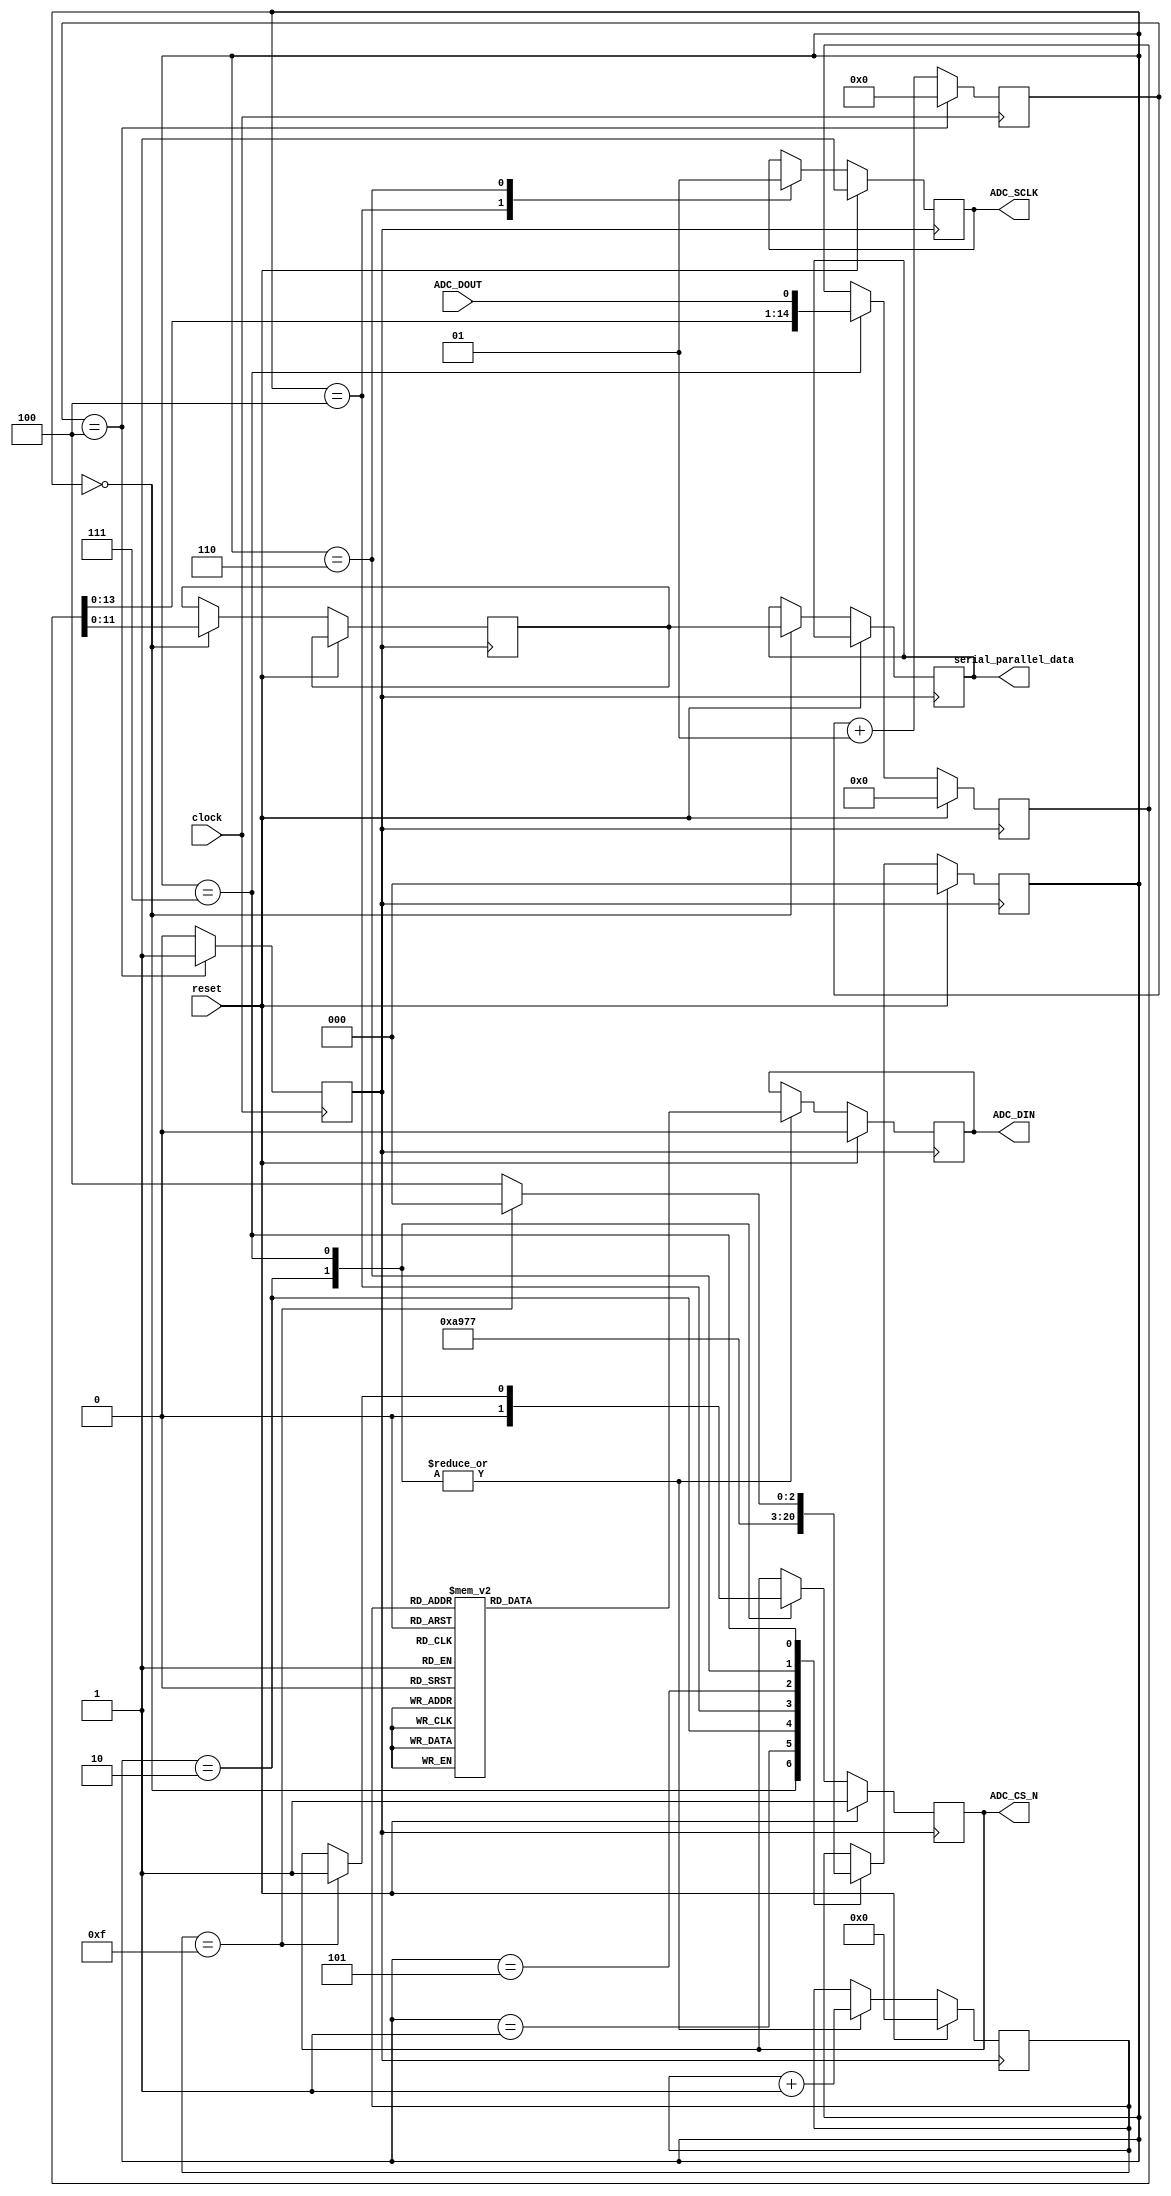
module ADC	#(parameter CODING = 1'b1, parameter RANGE = 1'b0) 
	
	(clock, reset, ADC_CS_N, ADC_DIN, ADC_SCLK, ADC_DOUT,serial_parallel_data); 
	
	//reset should be zero // desired 
	//ADC_CS_N = PIN_AJ4
	//ADC_DIN = PIN_AK4
	//ADC_SCLK = PIN_AK2
	//ADC_DOUT = PIN_AK3
		
	input clock, reset;
	
	reg [11:0] data;        //output reg       // ADC data out, 8 channels, 12 bits per channel
	// connect to top level pins
	output reg ADC_CS_N;         // ADC chip selection
	output reg ADC_DIN;          // ADC serial data in (to ADC)
	output reg ADC_SCLK;         // ADC serial clock
	input ADC_DOUT;              // ADC serial data out (from ADC)
	integer temp;
	
	output reg [11:0] serial_parallel_data;
	
	// states 
	parameter QUIET0 = 3'b000, QUIET1 = 3'b001, QUIET2 = 3'b010;
	parameter CYCLE0 = 3'b100, CYCLE1 = 3'b101, CYCLE2 = 3'b110, CYCLE3 = 3'b111;
	
	reg [2:0] state;   // present state
	reg [2:0] addr;    // present channel address
	reg [3:0] count;   // present count
	reg [14:0] buffer; // present buffer contents
	
	integer counter_clk;
	reg clk;
	
	initial begin
		ADC_CS_N <= 1'b1;
		ADC_DIN <= 1'b0;
		ADC_SCLK <= 1'b1;
		state <= QUIET0;
		addr <= 3'b0;
		count <= 4'b0;
		buffer <= 15'b0;
		data <= 12'b0;
		temp <= 'd0;
	end
	
	wire [3:0] count_incr; // count + 1    
	reg ctrl;              // present control bit
	
	assign count_incr = count + 1'b1;
	
	always @(*)
		case (count)
			4'b0000: // WRITE
				ctrl = 1'b1;
			4'b0001: // SEQ
				ctrl = 1'b0;
			4'b0010: // DON'T CARE
				ctrl = 1'bx;
			4'b0011: // ADD2
				ctrl = 0; //addr[2];
			4'b0100: // ADD1
				ctrl = 0; //addr[1];
			4'b0101: // ADD0
				ctrl = 0; //addr[0];
			4'b0110: // PM1
				ctrl = 1'b1;
			4'b0111: // PM0
				ctrl = 1'b1;
			4'b1000: // SHADOW
				ctrl = 1'b0;
			4'b1001: // DON'T CARE
				ctrl = 1'bx;
			4'b1010: // RANGE
				ctrl = RANGE;
			4'b1011: // CODING
				ctrl = CODING;
			default: // DON'T CARE
				ctrl = 1'bx;
		endcase
	
	always @(posedge clock) begin
	
		if(counter_clk == 'd4) begin
			counter_clk <= 'd0;
			clk = 1;
		end else begin
			counter_clk <= counter_clk + 1;
			clk <= 0;
		end
		
	end
	
	//state machine
	
	always @(posedge clk)
		if (reset)
			begin
				ADC_CS_N <= 1'b1;
				ADC_DIN <= 1'b0;
				ADC_SCLK <= 1'b1;
				state <= QUIET0;
				addr <= 3'b0;
				count <= 4'b0;
				buffer <= 15'b0;
				//data <= 12'b0;
			end
		else
			begin
				case (state)
					QUIET0: // first clock cycle of quiet period, xfer buffer to data
						begin
							state <= QUIET1;
							data <= buffer[11:0];
							serial_parallel_data <= data[11:0];
						end
					QUIET1:
						begin
							state <= QUIET2;
						end
					QUIET2: // end the quiet period by bringing CS low and setting up first data bit
						begin
							state <= CYCLE0;
							ADC_CS_N <= 1'b0;
							ADC_DIN <= ctrl;
							count <= count_incr;
						end
					CYCLE0: // first clock cycle of serial data xfer cycle, bring SCLK low
						begin
							state <= CYCLE1;
							ADC_SCLK <= 1'b0;
						end
					CYCLE1:
						begin
							state <= CYCLE2;
						end
					CYCLE2: // bring SCLK high
						begin
							state <= CYCLE3;
							ADC_SCLK <= 1'b1;
						end
					CYCLE3: // get data in and prepare for next cycle or transition back to quiet
						begin
							if (count == 4'b1111) // back to quiet
								begin
									state <= QUIET0;
									ADC_CS_N <= 1'b1;
									addr <= addr + 1'b1;
								end
							else
								begin
									state <= CYCLE0;
								end
							ADC_DIN <= ctrl;
							buffer <= {buffer[13:0], ADC_DOUT};
							count <= count_incr;
						end
				endcase
			end
endmodule